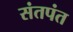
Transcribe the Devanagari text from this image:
संतपंत